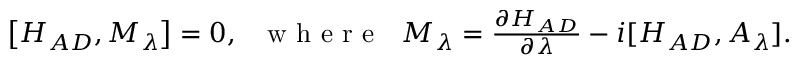
\begin{array} { r } { \left[ H _ { A D } , M _ { \lambda } \right] = 0 , ~ ~ \mathrm { ~ w ~ h ~ e ~ r ~ e ~ } ~ ~ M _ { \lambda } = \frac { \partial H _ { A D } } { \partial \lambda } - i [ H _ { A D } , A _ { \lambda } ] . } \end{array}